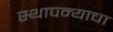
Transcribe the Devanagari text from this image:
स्थापन्याचा